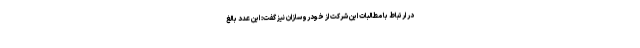
در ارتباط با مطالبات این شرکت از خودروسازان نیز گفت: این عدد بالغ‌